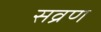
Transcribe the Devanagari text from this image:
सव्रण